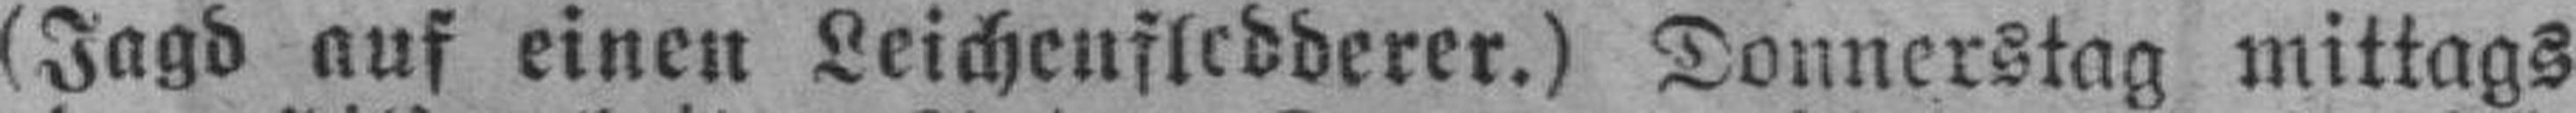
(Jagd auf einen Leichenfledderer.) Donnerstag mittags